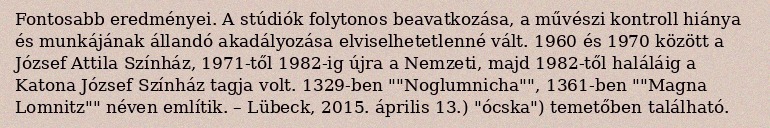
Fontosabb eredményei. A stúdiók folytonos beavatkozása, a művészi kontroll hiánya és munkájának állandó akadályozása elviselhetetlenné vált. 1960 és 1970 között a József Attila Színház, 1971-től 1982-ig újra a Nemzeti, majd 1982-től haláláig a Katona József Színház tagja volt. 1329-ben ""Noglumnicha"", 1361-ben ""Magna Lomnitz"" néven említik. – Lübeck, 2015. április 13.) "ócska") temetőben található.